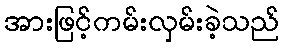
အားဖြင့်ကမ်းလှမ်းခဲ့သည်